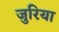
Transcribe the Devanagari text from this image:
जुरिया